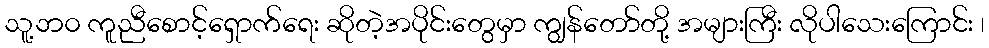
သူ့ဘ၀ ကူညီစောင့်ရှောက်ရေး ဆိုတဲ့အပိုင်းတွေမှာ ကျွန်တော်တို့ အများကြီး လိုပါသေးကြောင်း ၊